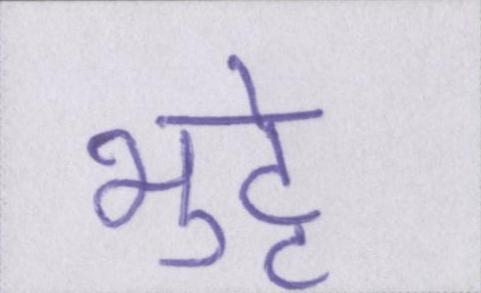
भुट्टे